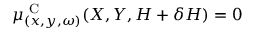
\mu _ { ( x , y , \omega ) } ^ { \textrm { C } } ( X , Y , H + \delta H ) = 0